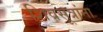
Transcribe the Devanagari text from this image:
शिवसूत्रांना